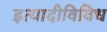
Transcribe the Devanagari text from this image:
इत्यादीविविध